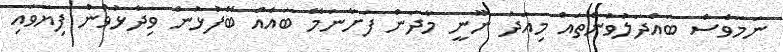
ނަމަވެސް ބައްދަލުވުންތައް މިއަދު ނޫނީ މާދަން ފަށާނަމޭ ބައެއް ބޭފުޅުން ވިދާޅުވުން ފިޔަވައި